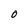
Character: O